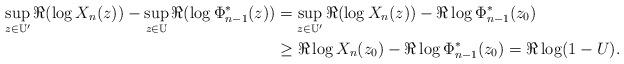
LaTeX: \begin{align*}\sup_{z \in \mathbb{U}'} \Re (\log X_n(z)) - \sup_{z \in \mathbb{U}} \Re ( \log \Phi^*_{n-1}(z)) & = \sup_{z \in \mathbb{U}'} \Re (\log X_n(z)) - \Re \log \Phi^*_{n-1}(z_0)\\ & \geq \Re \log X_n(z_0) - \Re \log \Phi^*_{n-1}(z_0) = \Re \log (1-U).\end{align*}